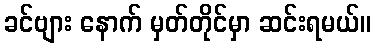
ခင်ဗျား နောက် မှတ်တိုင်မှာ ဆင်းရမယ်။